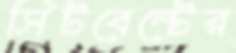
সিটবেল্টের